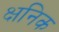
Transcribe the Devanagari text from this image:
क्षनिक